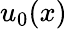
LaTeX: u_{0}(x)